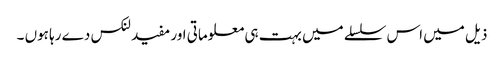
ذیل میں اس سلسلے میں بہت ہی معلوماتی اور مفید لنکس دے رہا ہوں ۔